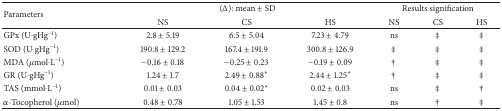
<table><thead><tr><td rowspan="2"><b>Parameters</b></td><td colspan="3"><b>(Δ): mean ± SD</b></td><td colspan="3"><b>Results signification</b></td></tr><tr><td><b>NS</b></td><td><b>CS</b></td><td><b>HS</b></td><td><b>NS</b></td><td><b>CS</b></td><td><b>HS</b></td></tr></thead><tbody><tr><td>GPx (U·gHg<sup>−1</sup>)</td><td>2.8 ± 5.19</td><td>6.5 ± 5.04</td><td>7.23 ± 4.79</td><td>ns</td><td>‡</td><td>‡</td></tr><tr><td>SOD (U·gHg<sup>−1</sup>)</td><td>190.8 ± 129.2</td><td>167.4 ± 191.9</td><td>300.8 ± 126.9</td><td>‡</td><td>‡</td><td>‡</td></tr><tr><td>MDA (<i>μ</i>mol·L<sup>−1</sup>)</td><td>−0.16 ± 0.18</td><td>−0.25 ± 0.23</td><td>−0.19 ± 0.09</td><td>†</td><td>‡</td><td>‡</td></tr><tr><td>GR (U·gHg<sup>−1</sup>)</td><td>1.24 ± 1.7</td><td>2.49 ± 0.88<sup>*</sup></td><td>2.44 ± 1.25<sup>*</sup></td><td>†</td><td>‡</td><td>‡</td></tr><tr><td>TAS (mmol·L<sup>−1</sup>)</td><td>0.01 ± 0.03</td><td>0.04 ± 0.02<sup>*</sup></td><td>0.02 ± 0.03</td><td>ns</td><td>‡</td><td>†</td></tr><tr><td><i>α</i>-Tocopherol (<i>μ</i>mol)</td><td>0.48 ± 0.78</td><td>1.05 ± 1.53</td><td>1.45 ± 0.8</td><td>ns</td><td>†</td><td>‡</td></tr></tbody></table>